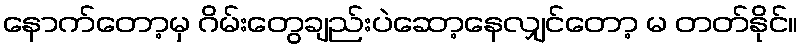
နောက်တော့မှ ဂိမ်းတွေချည်းပဲဆော့နေလျှင်တော့ မ တတ်နိုင်။